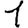
Digit: 1